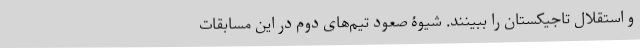
و استقلال تاجیکستان را ببینند. شیوۀ صعود تیم‌های دوم در این مسابقات